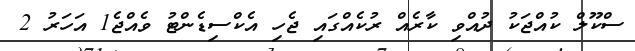
ސްކޫލް ކުއްޖަކު ދުއްވި ކާރެއް ރުކެއްގައި ޖެހި އެކްސިޑެންޓު ވެއްޖެ1 އަހަރު 2